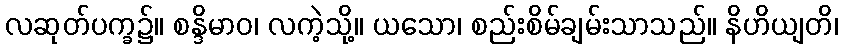
လဆုတ်ပက္ခ၌။ စန္ဒိမာဝ၊ လကဲ့သို့။ ယသော၊ စည်းစိမ်ချမ်းသာသည်။ နိဟိယျတိ၊